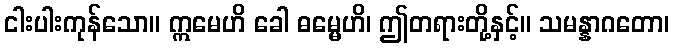
ငါးပါးကုန်သော။ ဣမေဟိ ခေါ ဓမ္မေဟိ၊ ဤတရားတို့နှင့်။ သမန္နာဂတော၊